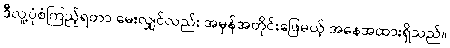
ဒီလူ့ပုံစံကြည့်ရတာ မေးလျှင်လည်း အမှန်အတိုင်းဖြေမယ့် အနေအထားရှိသည်။